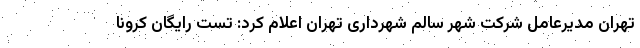
تهران مدیرعامل شرکت شهر سالم شهرداری تهران اعلام کرد: تست رایگان کرونا